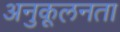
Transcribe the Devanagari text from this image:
अनुकूलनता